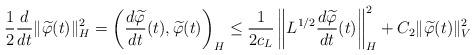
LaTeX: \begin{align*}\frac{1}{2}\frac{d}{dt}\|\widetilde{\varphi}(t)\|_{H}^2 = \left(\frac{d\widetilde{\varphi}}{dt}(t), \widetilde{\varphi}(t)\right)_{H} \leq \frac{1}{2c_{L}}\left\|L^{1/2}\frac{d\widetilde{\varphi}}{dt}(t)\right\|_{H}^2 + C_{2}\|\widetilde{\varphi}(t)\|_{V}^2 \end{align*}